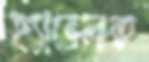
হ্যাভেলক